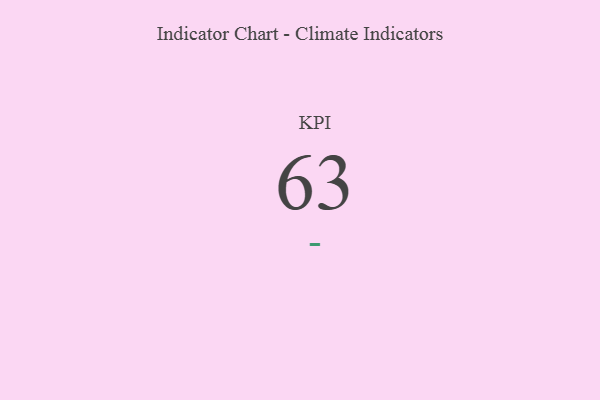
{"axis": {"x": "KPI", "y": "Value"}, "legend": [""], "data": [{"x": "KPI", "y": 63, "type": ""}]}